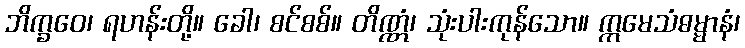
ဘိက္ခဝေ၊ ရဟန်းတို့။ ခေါ၊ စင်စစ်။ တိဏ္ဏံ၊ သုံးပါးကုန်သော။ ဣမေသံဓမ္မာနံ၊